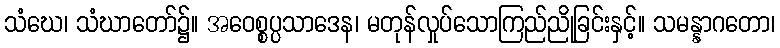
သံဃေ၊ သံဃာတော်၌။ အဝေစ္စပ္ပသာဒေန၊ မတုန်လှုပ်သောကြည်ညိုခြင်းနှင့်။ သမန္နာဂတော၊